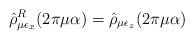
\begin{align*}\hat{\rho}^R_{\mu\epsilon_x}(2\pi\mu\alpha)=\hat{\rho}_{\mu\epsilon_z}(2\pi\mu\alpha)~~~\end{align*}